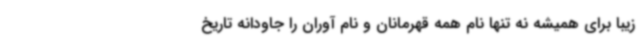
زیبا برای همیشه نه تنها نام همه قهرمانان و نام آوران را جاودانه تاریخ